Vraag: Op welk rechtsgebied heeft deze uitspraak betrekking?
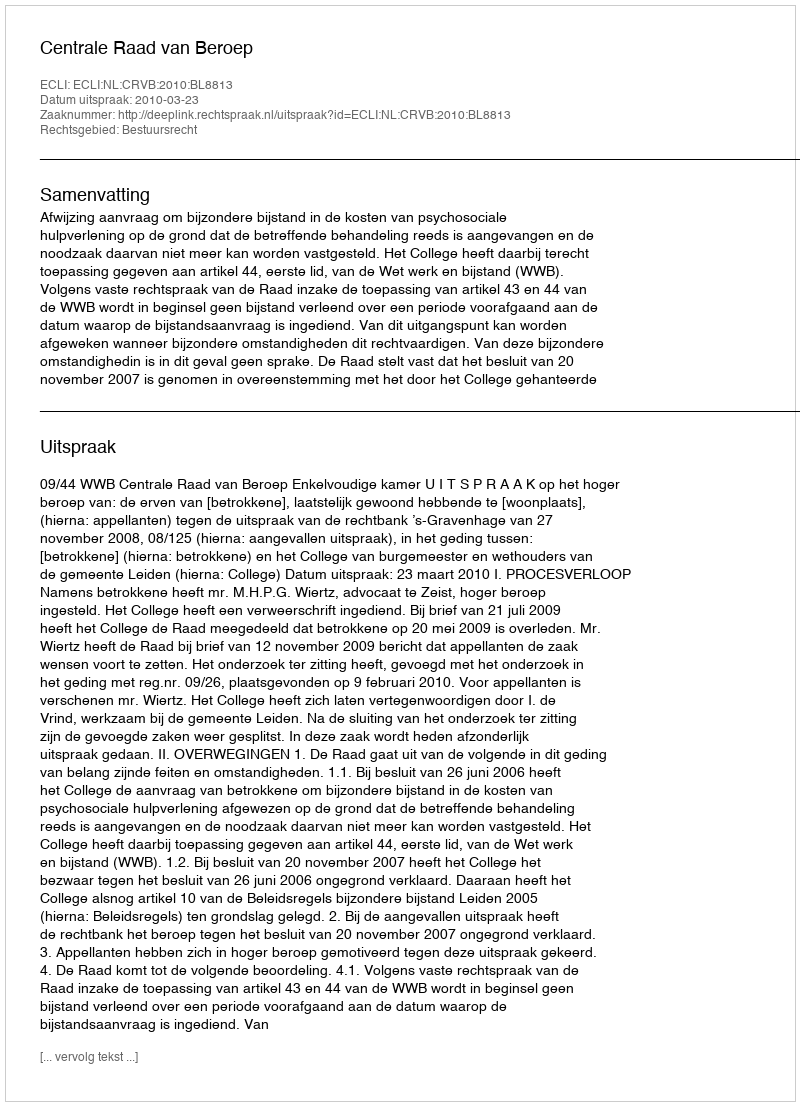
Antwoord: Bestuursrecht